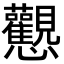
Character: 𢦉